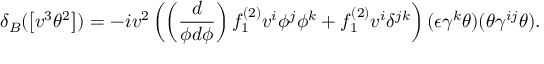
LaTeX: \delta _ { B } ( \left[ v ^ { 3 } \theta ^ { 2 } \right] ) = - i v ^ { 2 } \left( \left( \frac { d } { \phi d \phi } \right) f _ { 1 } ^ { ( 2 ) } v ^ { i } \phi ^ { j } \phi ^ { k } + f _ { 1 } ^ { ( 2 ) } v ^ { i } \delta ^ { j k } \right) ( \epsilon \gamma ^ { k } \theta ) ( \theta \gamma ^ { i j } \theta ) .